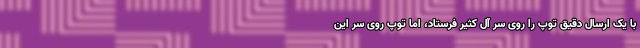
با یک ارسال دقیق توپ را روی سر آ‌ل کثیر فرستاد، اما توپ روی سر این